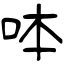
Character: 呠